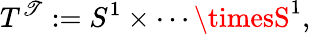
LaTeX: T^{\mathscr{T}}:=S^{1}\times\cdots\timesS^{1},